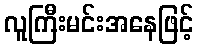
လူကြီးမင်းအနေဖြင့်